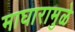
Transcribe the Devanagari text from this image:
माघारामुळे